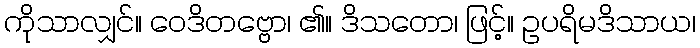
ကိုသာလျှင်။ ဝေဒိတဗ္ဗော၊ ၏။ ဒိသတော၊ ဖြင့်။ ဥပရိမဒိသာယ၊